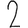
Digit: 2